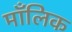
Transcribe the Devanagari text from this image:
माँलिक